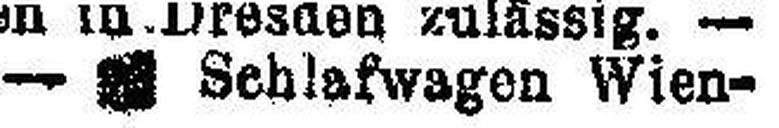
— ### Schalfwagen Wien-